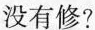
没有修?